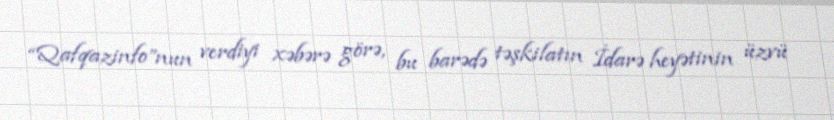
“Qafqazinfo”nun verdiyi xəbərə görə, bu barədə təşkilatın İdarə heyətinin üzvü